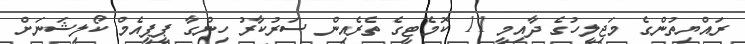
ރައްޔިތުންގެ މަޖިލީހުގެ ދާއިމީ 11 ކޮމެޓީގެ ތެރެއިން ސަރުކާރު ހިންގާ ޕީޕީއެމް ކޯލިޝަނަށް